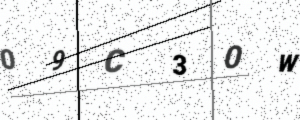
Text: 09C30W